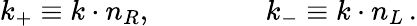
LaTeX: k_{+}\equiv k\cdot n_{R},\qquad\qquad k_{-}\equiv k\cdot n_{L}\, .